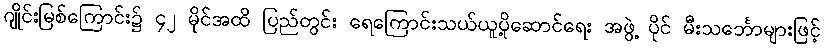
ဂျိုင်းမြစ်ကြောင်း၌ ၄၂ မိုင်အထိ ပြည်တွင်း ရေကြောင်းသယ်ယူပို့ဆောင်ရေး အဖွဲ့ ပိုင် မီးသင်္ဘောများဖြင့်